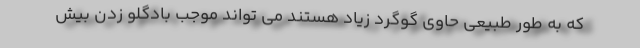
که به طور طبیعی حاوی گوگرد زیاد هستند می تواند موجب بادگلو زدن بیش